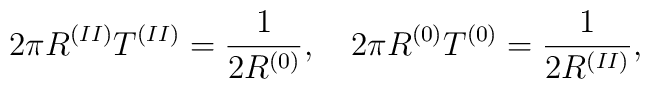
2\pi R^{(II)}T^{(II)}=\frac{1}{2R^{(0)}},\quad2\pi R^{(0)}T^{(0)}=\frac{1}{2R^{(II)}},